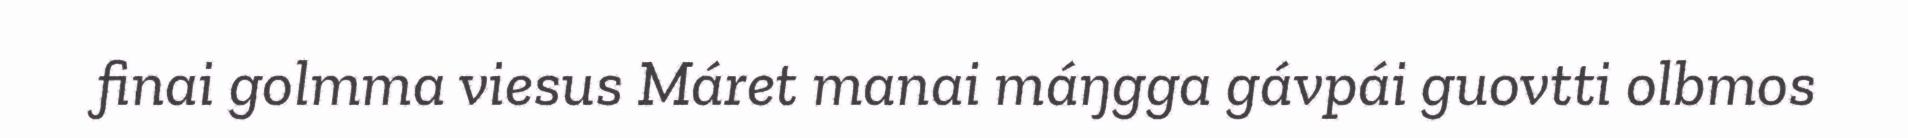
finai golmma viesus Máret manai máŋgga gávpái guovtti olbmos